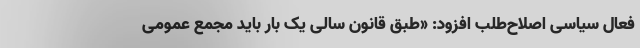
فعال سیاسی اصلاح‌طلب افزود: «طبق قانون سالی یک بار باید مجمع عمومی